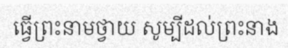
ធ្វើព្រះនាមថ្វាយ សូម្បីដល់ព្រះនាង